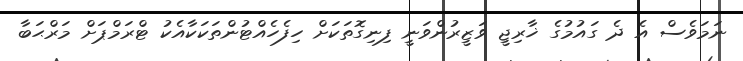
ނަމަވެސް އެ ދެ ގައުމުގެ ޚާރިޖީ ވަޒީރުންވަނީ ފިނިގޮތަކަށް ހިފެހެއްޓުންތަކަކާއެކު ޓްރަމްޕަށް މަރްޙަބާ